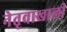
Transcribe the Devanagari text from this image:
नेतृवाखाली